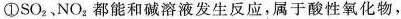
①SO_{2}、NO_{2}，都能和碱溶液发生反应，属于酸性氧化物，